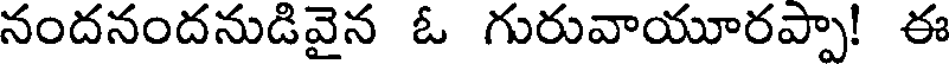
నందనందనుడివైన ఓ గురువాయూరప్పా! ఈ